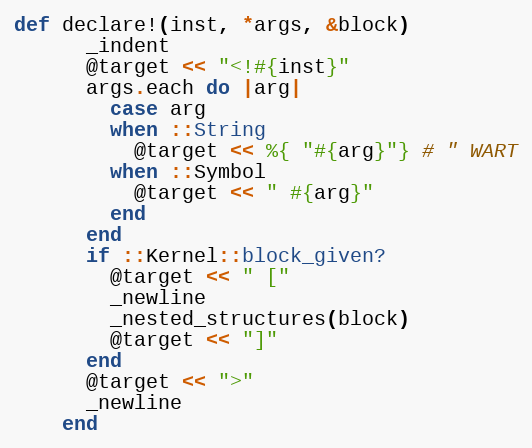
Language: Ruby
def declare!(inst, *args, &block)
      _indent
      @target << "<!#{inst}"
      args.each do |arg|
        case arg
        when ::String
          @target << %{ "#{arg}"} # " WART
        when ::Symbol
          @target << " #{arg}"
        end
      end
      if ::Kernel::block_given?
        @target << " ["
        _newline
        _nested_structures(block)
        @target << "]"
      end
      @target << ">"
      _newline
    end